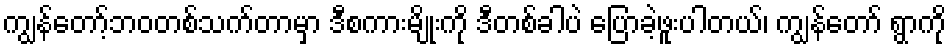
ကျွန်တော့်ဘဝတစ်သက်တာမှာ ဒီစကားမျိုးကို ဒီတစ်ခါပဲ ပြောခဲ့ဖူးပါတယ်၊ ကျွန်တော် ရွာကို